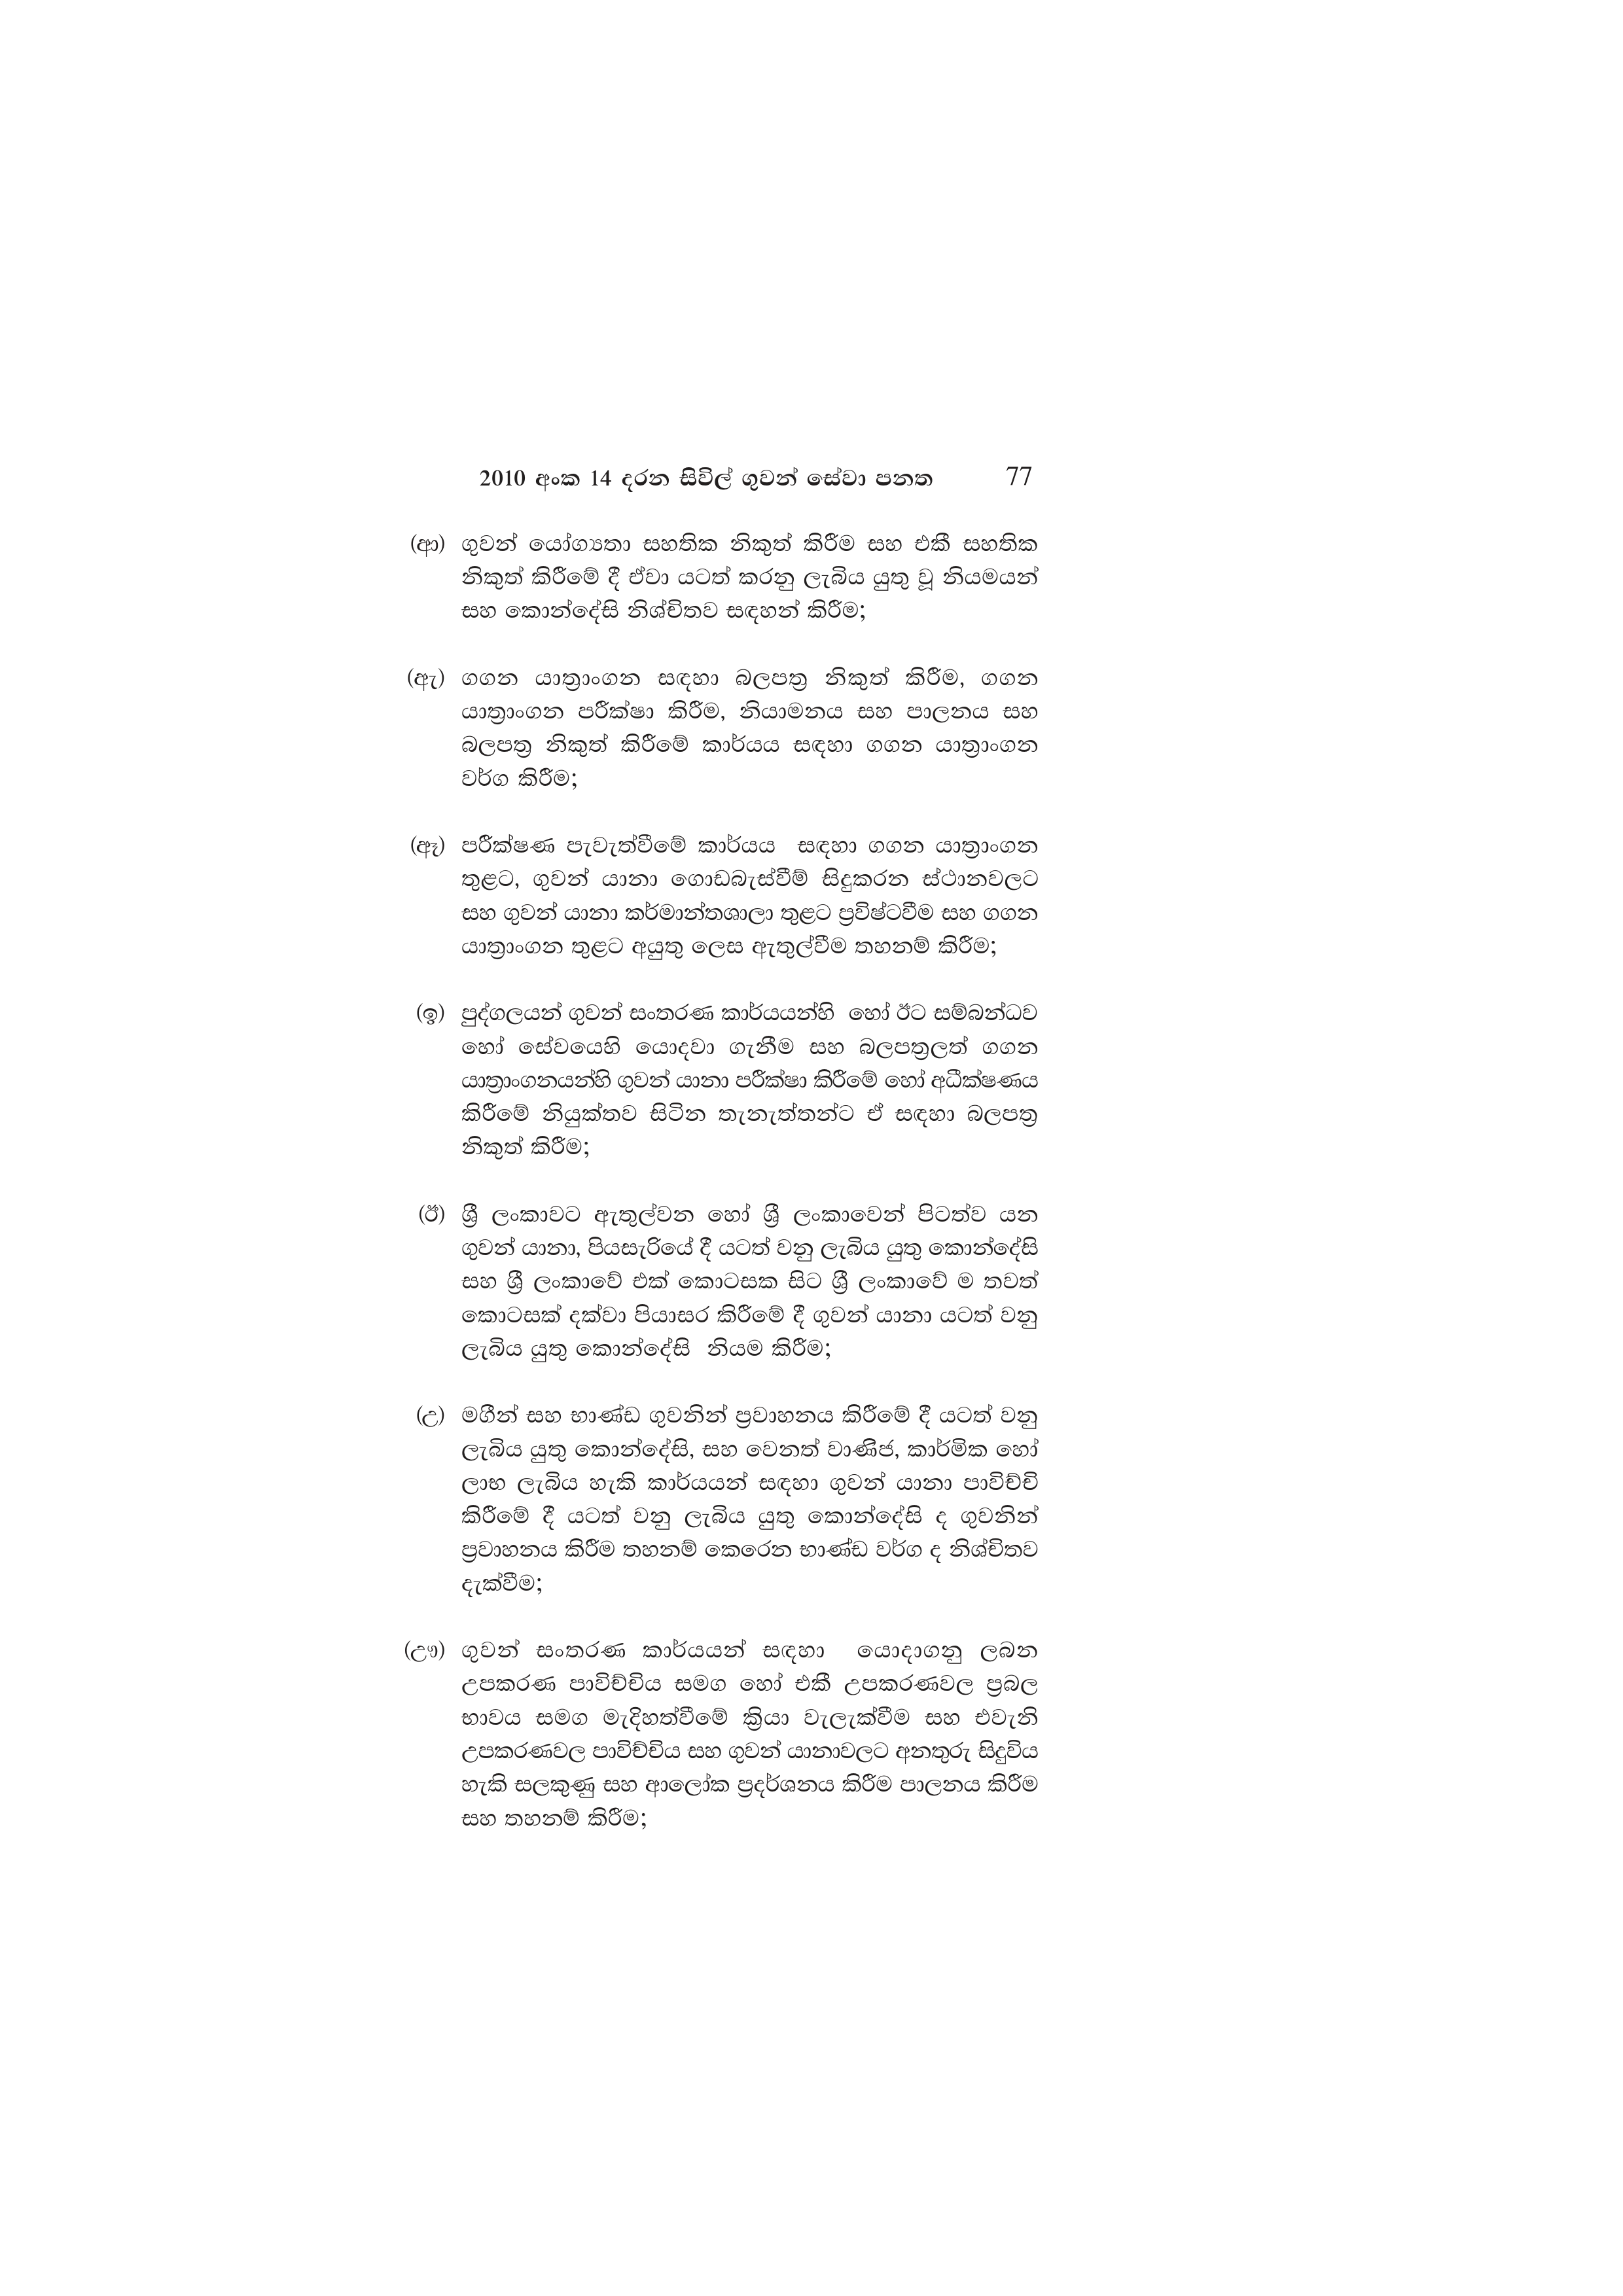
2010 අංක 14 දරන සිවිල් ගුවන් සේවා පනත 77

(ආ) ගුවන් යෝග්‍යතා සහතික නිකුත් කිරීම සහ එකී සහතික
නිකුත් කිරීමේ දී ඒවා යටත් කරනු ලැබිය යුතු වූ නියමයන්
සහ කොන්දේසි නිශ්චිතව සඳහන් කිරීම;

(ඇ) ගගන යාත්‍රාංගන සඳහා බලපත්‍ර නිකුත් කිරීම, ගගන
යාත්‍රාංගන පරීක්ෂා කිරීම, නියාමනය සහ පාලනය සහ
බලපත්‍ර නිකුත් කිරීමේ කාර්යය සඳහා ගගන යාත්‍රාංගන
වර්ග කිරීම;

(ඈ) පරීක්ෂණ පැවැත්වීමේ කාර්යය සඳහා ගගන යාත්‍රාංගන
තුළට, ගුවන් යානා ගොඩබැස්වීම් සිදුකරන ස්ථානවලට
සහ ගුවන් යානා කර්මාන්තශාලා තුළට ප්‍රවිෂ්ටවීම සහ ගගන
යාත්‍රාංගන තුළට අයුතු ලෙස ඇතුල්වීම තහනම් කිරීම;

(ඉ) පුද්ගලයන් ගුවන් සංතරණ කාර්යයන්හි හෝ ඊට සම්බන්ධව
හෝ සේවයෙහි යොදවා ගැනීම සහ බලපත්‍රලත් ගගන
යාත්‍රාංගනයන්හි ගුවන් යානා පරීක්ෂා කිරීමේ හෝ අධීක්ෂණය
කිරීමේ නියුක්තව සිටින තැනැත්තන්ට ඒ සඳහා බලපත්‍ර
නිකුත් කිරීම;

(ඊ) ශ්‍රී ලංකාවට ඇතුල්වන හෝ ශ්‍රී ලංකාවෙන් පිටත්ව යන
ගුවන් යානා, පියසැරියේ දී යටත් වනු ලැබිය යුතු කොන්දේසි
සහ ශ්‍රී ලංකාවේ එක් කොටසක සිට ශ්‍රී ලංකාවේ ම තවත්
කොටසක් දක්වා පියාසර කිරීමේ දී ගුවන් යානා යටත් වනු
ලැබිය යුතු කොන්දේසි නියම කිරීම;

(උ) මගීන් සහ භාණ්ඩ ගුවනින් ප්‍රවාහනය කිරීමේ දී යටත් වනු
ලැබිය යුතු කොන්දේසි, සහ වෙනත් වාණිජ, කාර්මික හෝ
ලාභ ලැබිය හැකි කාර්යයන් සඳහා ගුවන් යානා පාවිච්චි
කිරීමේ දී යටත් වනු ලැබිය යුතු කොන්දේසි ද ගුවනින්
ප්‍රවාහනය කිරීම තහනම් කෙරෙන භාණ්ඩ වර්ග ද නිශ්චිතව
දැක්වීම;

(ඌ) ගුවන් සංතරණ කාර්යයන් සඳහා යොදාගනු ලබන
උපකරණ පාවිච්චිය සමග හෝ එකී උපකරණවල ප්‍රබල
භාවය සමග මැදිහත්වීමේ ක්‍රියා වැලැක්වීම සහ එවැනි
උපකරණවල පාවිච්චිය සහ ගුවන් යානාවලට අනතුරු සිදුවිය
හැකි සලකුණු සහ ආලෝක ප්‍රදර්ශනය කිරීම පාලනය කිරීම
සහ තහනම් කිරීම;